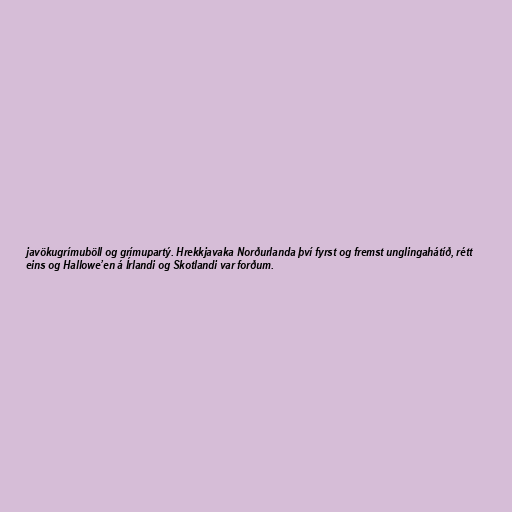
javökugrímuböll og grímupartý. Hrekkjavaka Norðurlanda því fyrst og fremst unglingahátíð, rétt
eins og Hallowe’en á Írlandi og Skotlandi var forðum.